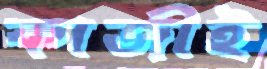
কাজীই